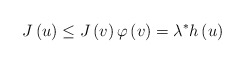
\begin{align*}J\left( u\right) \leq J\left( v\right) \varphi \left( v\right)=\lambda ^{\ast }h\left( u\right) \end{align*}